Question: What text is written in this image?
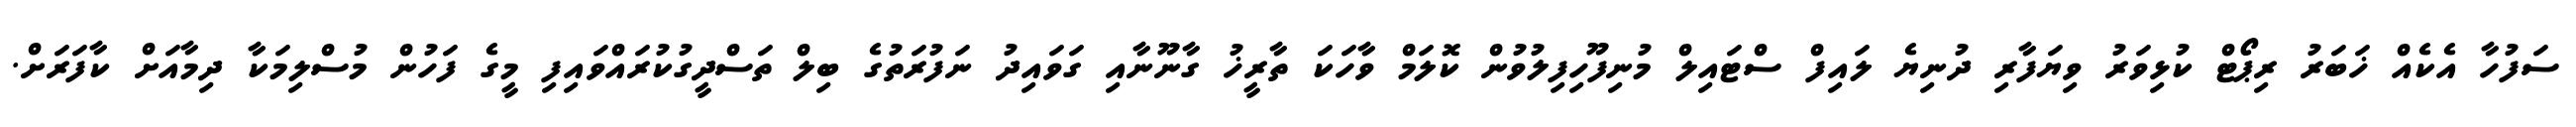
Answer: ސަފުހާ އެކެއް ޚަބަރު ރިޕޯޓް ކުޅިވަރު ވިޔަފާރި ދުނިޔެ ލައިފް ސްޓައިލް މުނިފޫހިފިލުވުން ކޮލަމް ވާހަކަ ތާރީޚު ގާނޫނާއި ގަވައިދު ނަފުރަތުގެ ބިލް ތަސްދީގުކުރައްވައިފި މީގެ ފަހުން މުސްލިމަކާ ދިމާއަށް ކާފަރަށް.